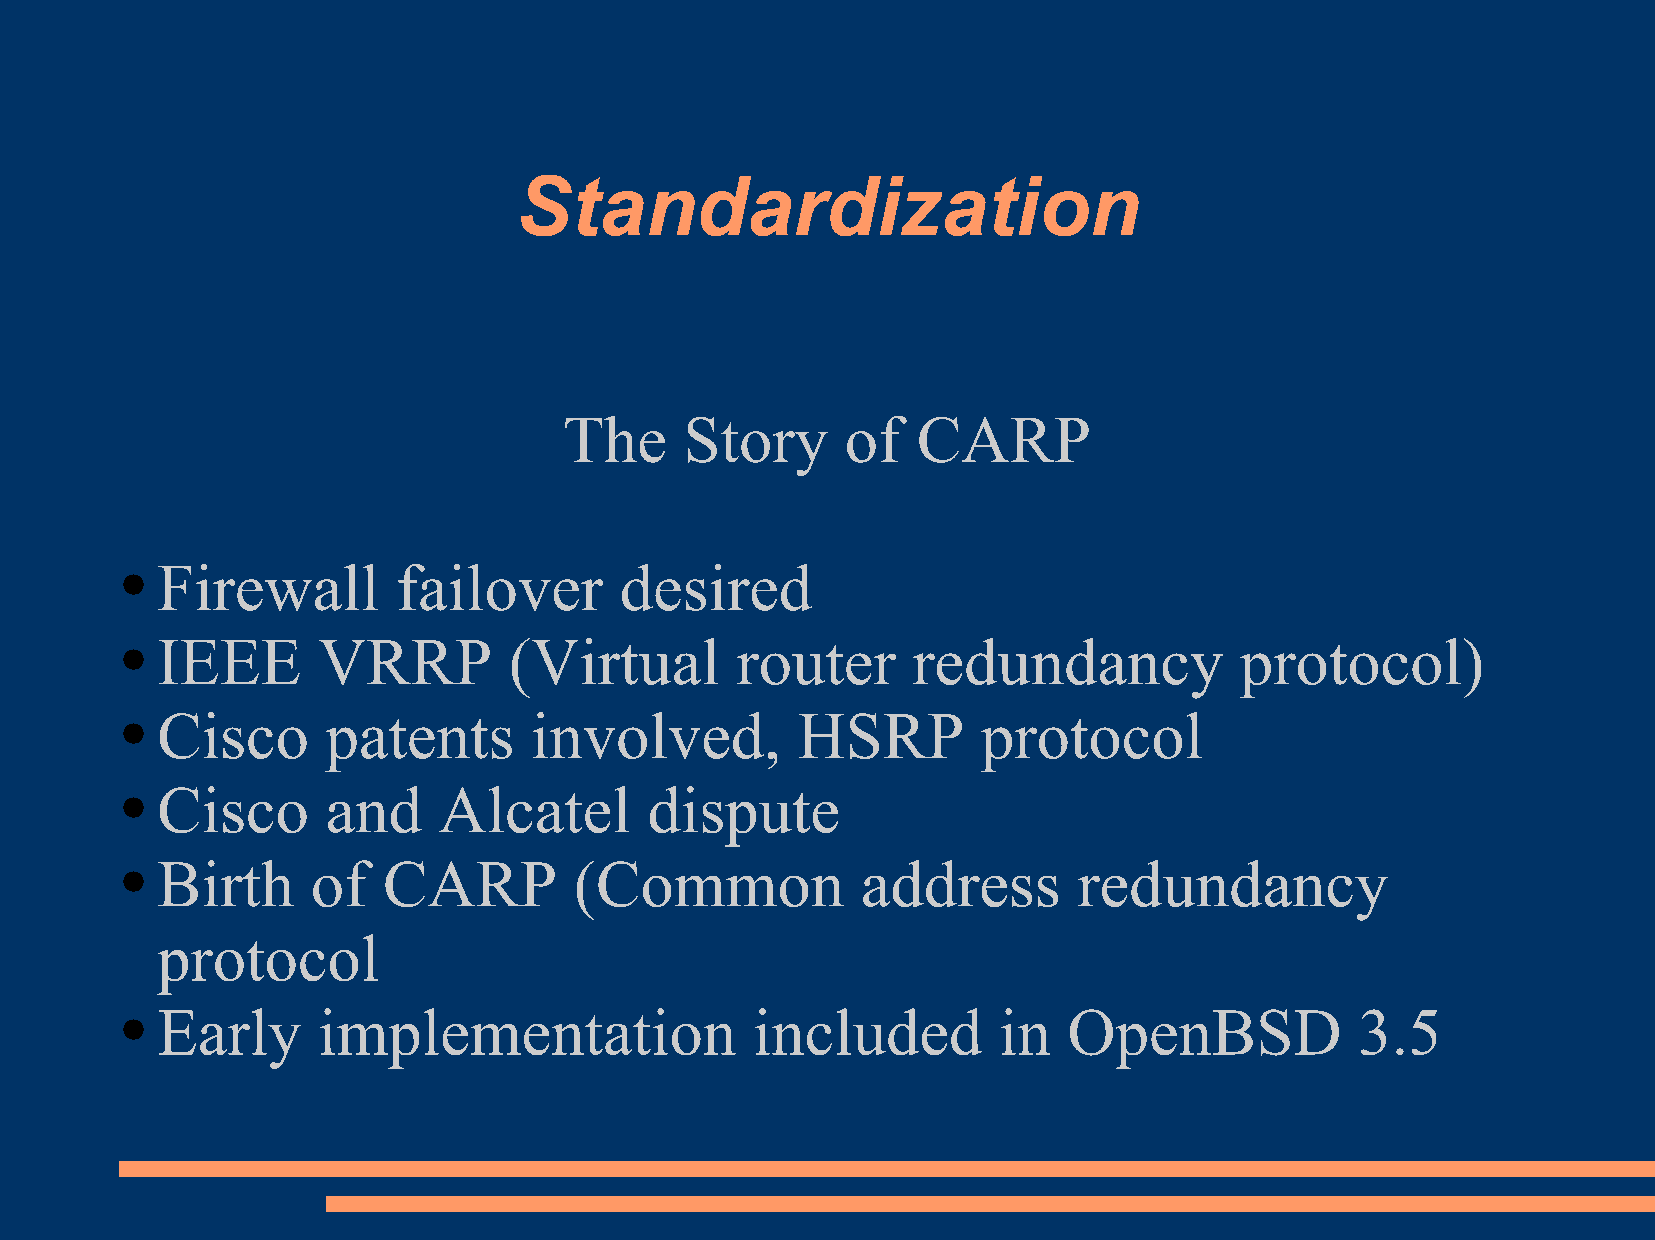
Standardization
 The     Story      of   CARP
 Firewall        failover       desired
 ●
 IEEE       VRRP         (Virtual       router     redundancy            protocol)
 ●
 Cisco       patents      involved,         HSRP        protocol
 ●
 Cisco       and    Alcatel       dispute
 ●
 Birth      of  CARP         (Common            address       redundancy
 ●
 protocol
 Early      implementation               included        in   OpenBSD            3.5
 ●